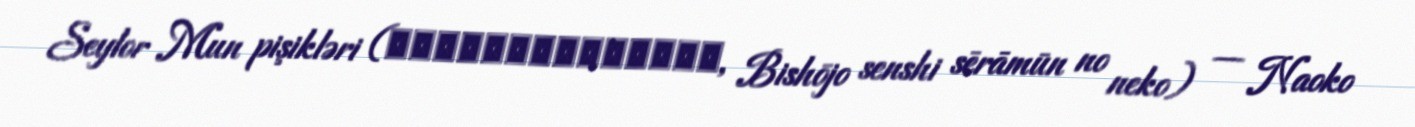
Seylor Mun pişikləri (美少女戦士セーラームーンの猫, Bishōjo senshi sērāmūn no neko) — Naoko